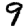
Digit: 9